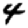
Digit: 4